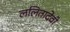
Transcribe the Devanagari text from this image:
ललितादेवी